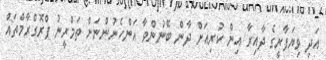
އަދި ވިޔަފާރީގެ ދާއިރާ އިން ކުރިއަށް ދާން ބޭނުންވާ އަންހެނުންނަށް ތަމްރީނު ޕްރޮގްރާމްތައް